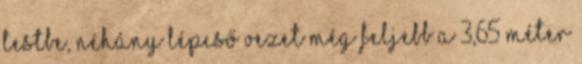
testbe, néhány lépcső vezet még feljebb a 3,65 méter